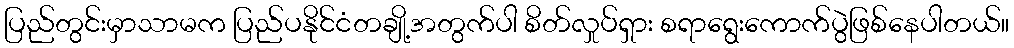
ပြည်တွင်းမှာသာမက ပြည်ပနိုင်ငံတချို့အတွက်ပါ စိတ်လှုပ်ရှား စရာရွေးကောက်ပွဲဖြစ်နေပါတယ်။